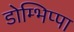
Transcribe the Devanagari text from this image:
डोम्भिप्पा